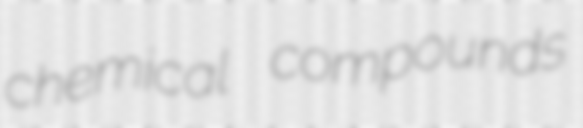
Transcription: chemical compounds